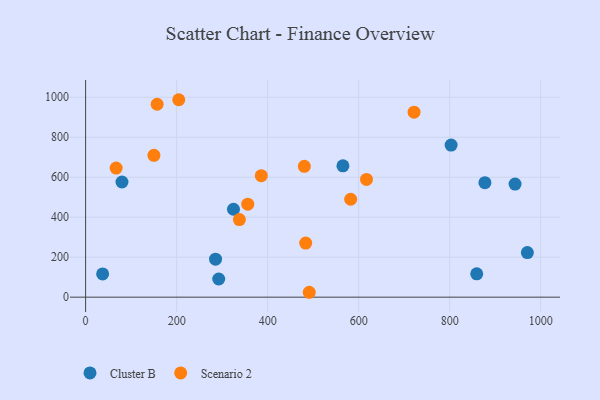
{"axis": {"x": "Study Hours", "y": "Yield"}, "legend": ["Cluster B", "Scenario 2"], "data": [{"x": "970.7", "y": 223.3, "type": "Cluster B"}, {"x": "565.4", "y": 657.2, "type": "Cluster B"}, {"x": "943.6", "y": 565.8, "type": "Cluster B"}, {"x": "859.4", "y": 116.7, "type": "Cluster B"}, {"x": "79.9", "y": 576.1, "type": "Cluster B"}, {"x": "292.5", "y": 90.9, "type": "Cluster B"}, {"x": "877.4", "y": 572.8, "type": "Cluster B"}, {"x": "37.4", "y": 116.2, "type": "Cluster B"}, {"x": "285.5", "y": 189.9, "type": "Cluster B"}, {"x": "324.9", "y": 439.8, "type": "Cluster B"}, {"x": "803.1", "y": 761.0, "type": "Cluster B"}, {"x": "150.1", "y": 709.5, "type": "Scenario 2"}, {"x": "67.1", "y": 645.8, "type": "Scenario 2"}, {"x": "356.3", "y": 465.3, "type": "Scenario 2"}, {"x": "483.6", "y": 270.8, "type": "Scenario 2"}, {"x": "337.9", "y": 388.2, "type": "Scenario 2"}, {"x": "721.7", "y": 925.5, "type": "Scenario 2"}, {"x": "480.6", "y": 654.4, "type": "Scenario 2"}, {"x": "157.2", "y": 964.9, "type": "Scenario 2"}, {"x": "204.7", "y": 987.6, "type": "Scenario 2"}, {"x": "617.2", "y": 589.2, "type": "Scenario 2"}, {"x": "491.4", "y": 24.5, "type": "Scenario 2"}, {"x": "582.4", "y": 489.8, "type": "Scenario 2"}, {"x": "386.0", "y": 607.6, "type": "Scenario 2"}]}